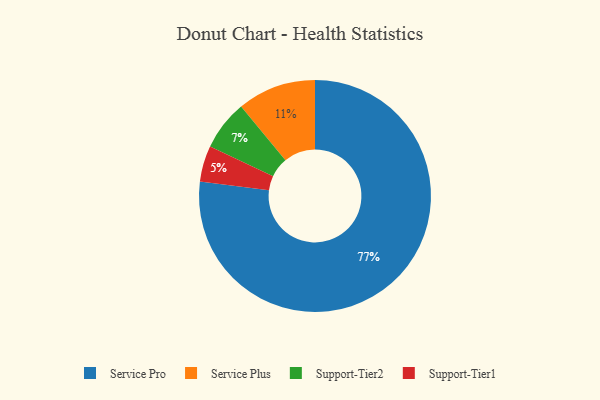
{"axis": {"x": "Category", "y": "Percentage"}, "legend": ["Service Plus", "Service Pro", "Support-Tier1", "Support-Tier2"], "data": [{"x": "Support-Tier1", "y": 5, "type": "Support-Tier1"}, {"x": "Service Plus", "y": 11, "type": "Service Plus"}, {"x": "Support-Tier2", "y": 7, "type": "Support-Tier2"}, {"x": "Service Pro", "y": 77, "type": "Service Pro"}]}